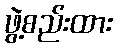
ဖွဲ့စည်းထား